Document type: Dowry acquittance
Year: 1427
Scribe: Pere Tarafa
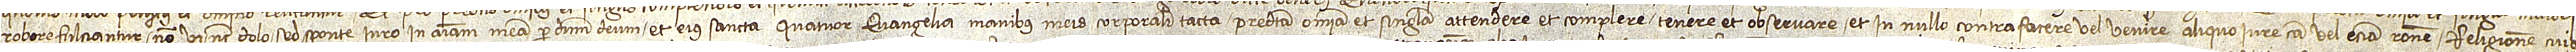
robore fulciantur, non vi nec dolo, sed sponte, iuro in animam meam per Dominum Deum et eius sancta quatuor Evangelia, manibus meis corporaliter tacta, predicta omnia et singula attendere et complere, tenere et observare et in nullo contrafacere vel venire aliquo iure, causa vel etiam ratione. Religionem cuius